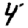
Digit: 4